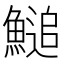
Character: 𩺬